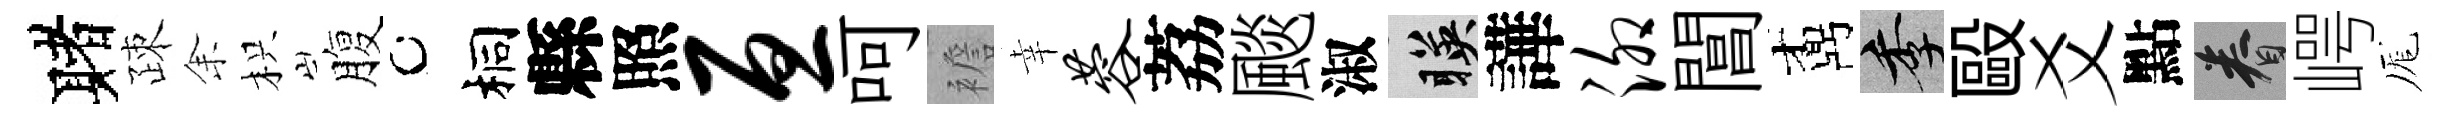
赌疎𪜬枳腹桐縣照亘呵襜幸蓉荔颷淑暎譁泖閶鼒季毆爻點眷崿厖